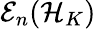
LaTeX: \mathcal{E}_{n}(\mathcal{H}_{K})